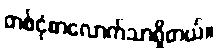
တစ်ငုံစာလောက်သာရှိတယ်။